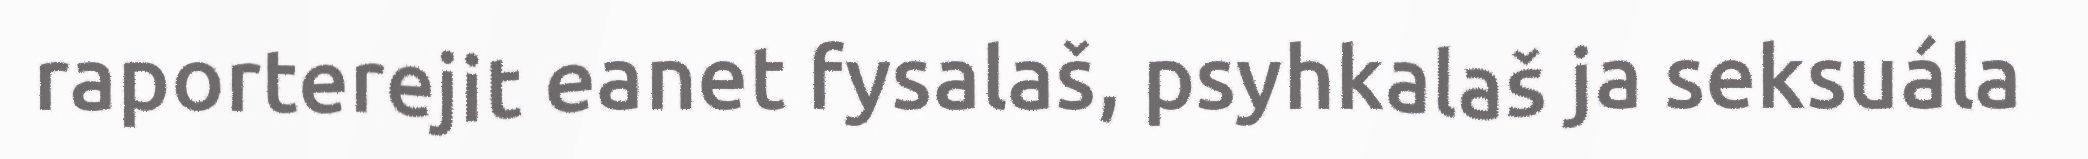
raporterejit eanet fysalaš, psyhkalaš ja seksuála